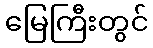
မြေကြီးတွင်